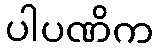
ပါပဏိက